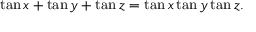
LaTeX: \tan x + \tan y + \tan z = \tan x \tan y \tan z .